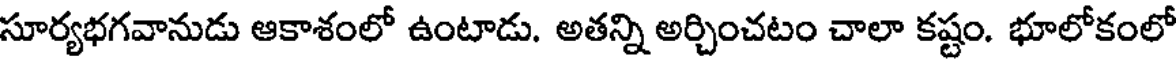
సూర్యభగవానుడు ఆకాశంలో ఉంటాడు. అతన్ని అర్చించటం చాలా కష్టం. భూలోకంలో